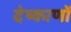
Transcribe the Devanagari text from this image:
देष्काणों